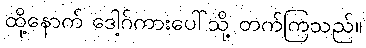
ထို့နောက် ဒေါ့ဂ်ကားပေါ်သို့ တက်ကြသည်။